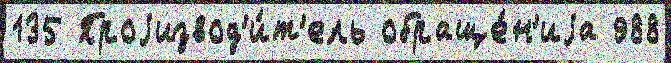
135 Проjизвод'и́т'ель обраще́н'иjа 988